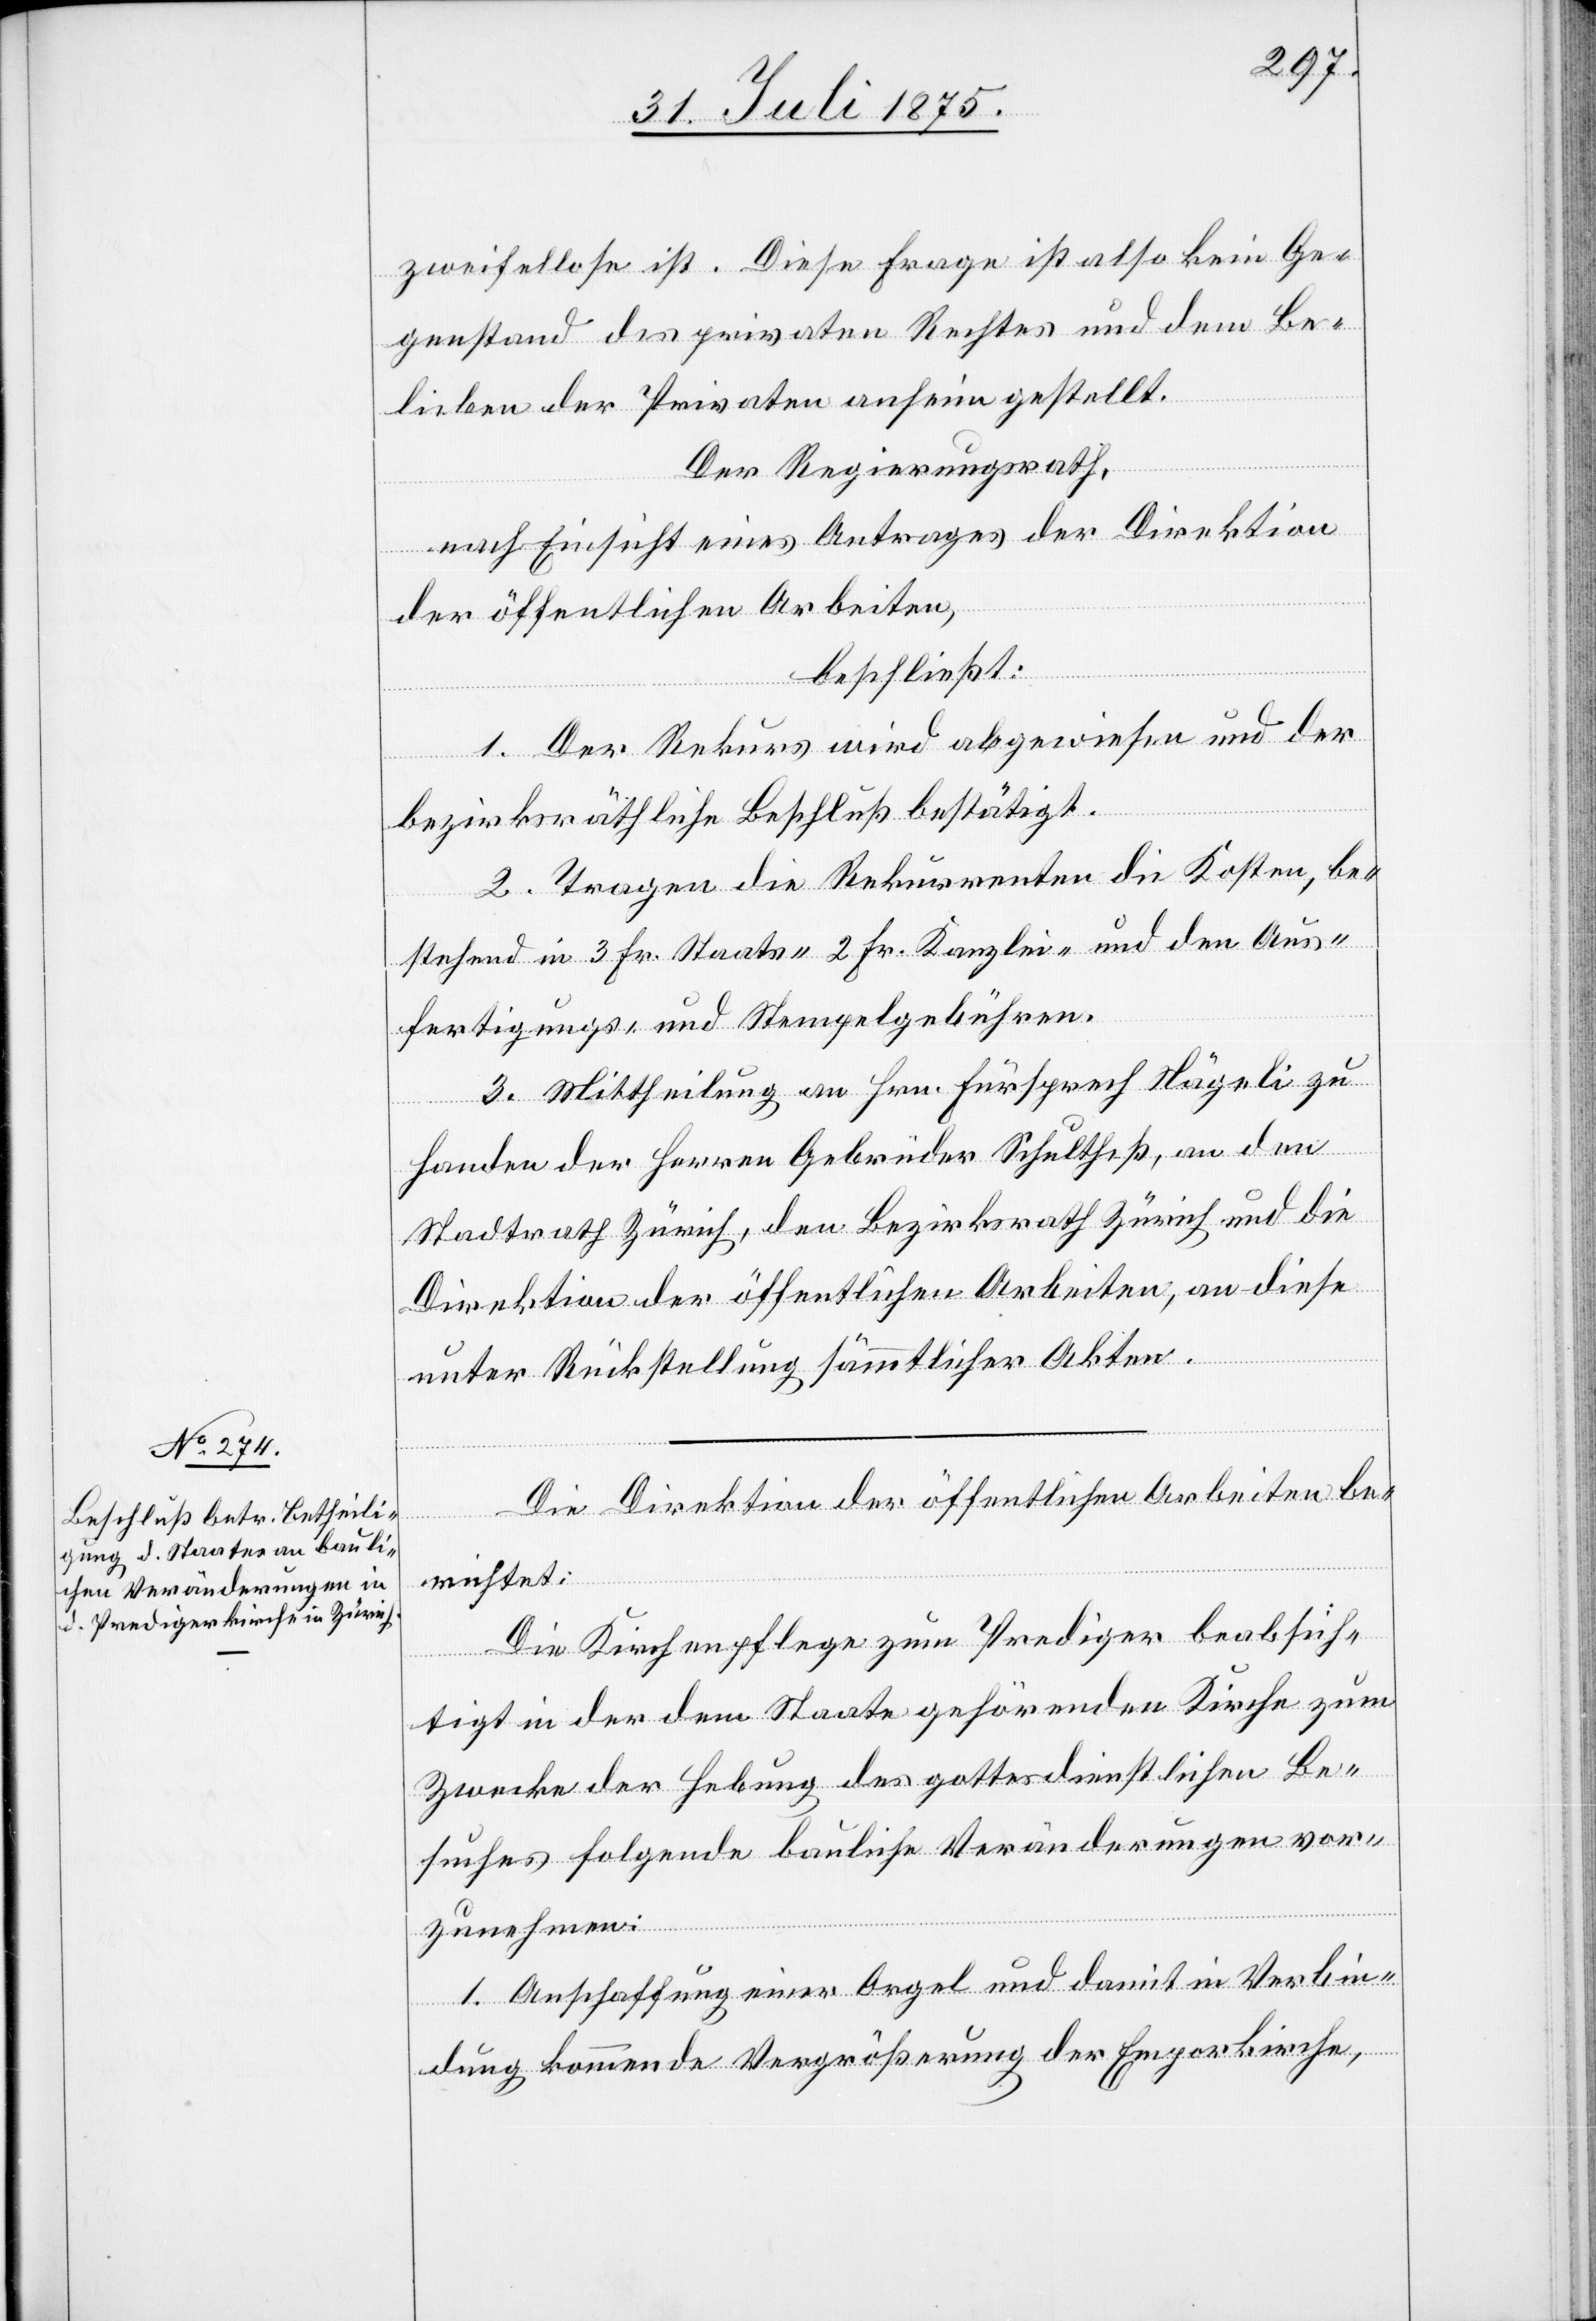
zweifelhafte ist. Diese Frage ist also kein Ge¬
genstand des privaten Rechtes und dem Be¬
lieben der Privaten anheim gestellt.
Der Regierungsrath,
nach Einsicht eines Antrages der Direktion
der öffentlichen Arbeiten,
beschließt:
1. Der Rekurs wird abgewiesen und der
bezirksräthliche Beschluß bestätigt.
2. Tragen die Rekurrenten die Kosten, be¬
stehend in 3 Fr. Staats- 2 Fr. Kanzlei- und den Aus¬
fertigungs- und Stempelgebühren.
3. Mittheilung an Hrn. Fürsprech Nägeli zu
Handen der Herren Gebrüder Schultheß, an den
Stadtrath Zürich, den Bezirksrath Zürich und die
Direktion der öffentlichen Arbeiten, an diese
unter Rückstellung sämmtlicher Akten.
Die Direktion der öffentlichen Arbeiten be¬
richtet:
Die Kirchenpflege zum Prediger beabsich¬
tigt in der dem Staate gehörenden Kirche zum
Zwecke der Hebung der gottesdienstlichen Be¬
suches folgende bauliche Veränderungen vor¬
zunehmen:
1. Anschaffung einer Orgel und damit in Verbin¬
dung kommende Vergrößerung der Emporkirche,